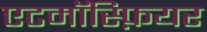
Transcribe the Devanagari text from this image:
एटमॉस्फ़ियर